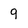
Character: 9